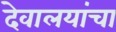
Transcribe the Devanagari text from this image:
देवालयांचा